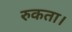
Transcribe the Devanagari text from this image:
रुकता।